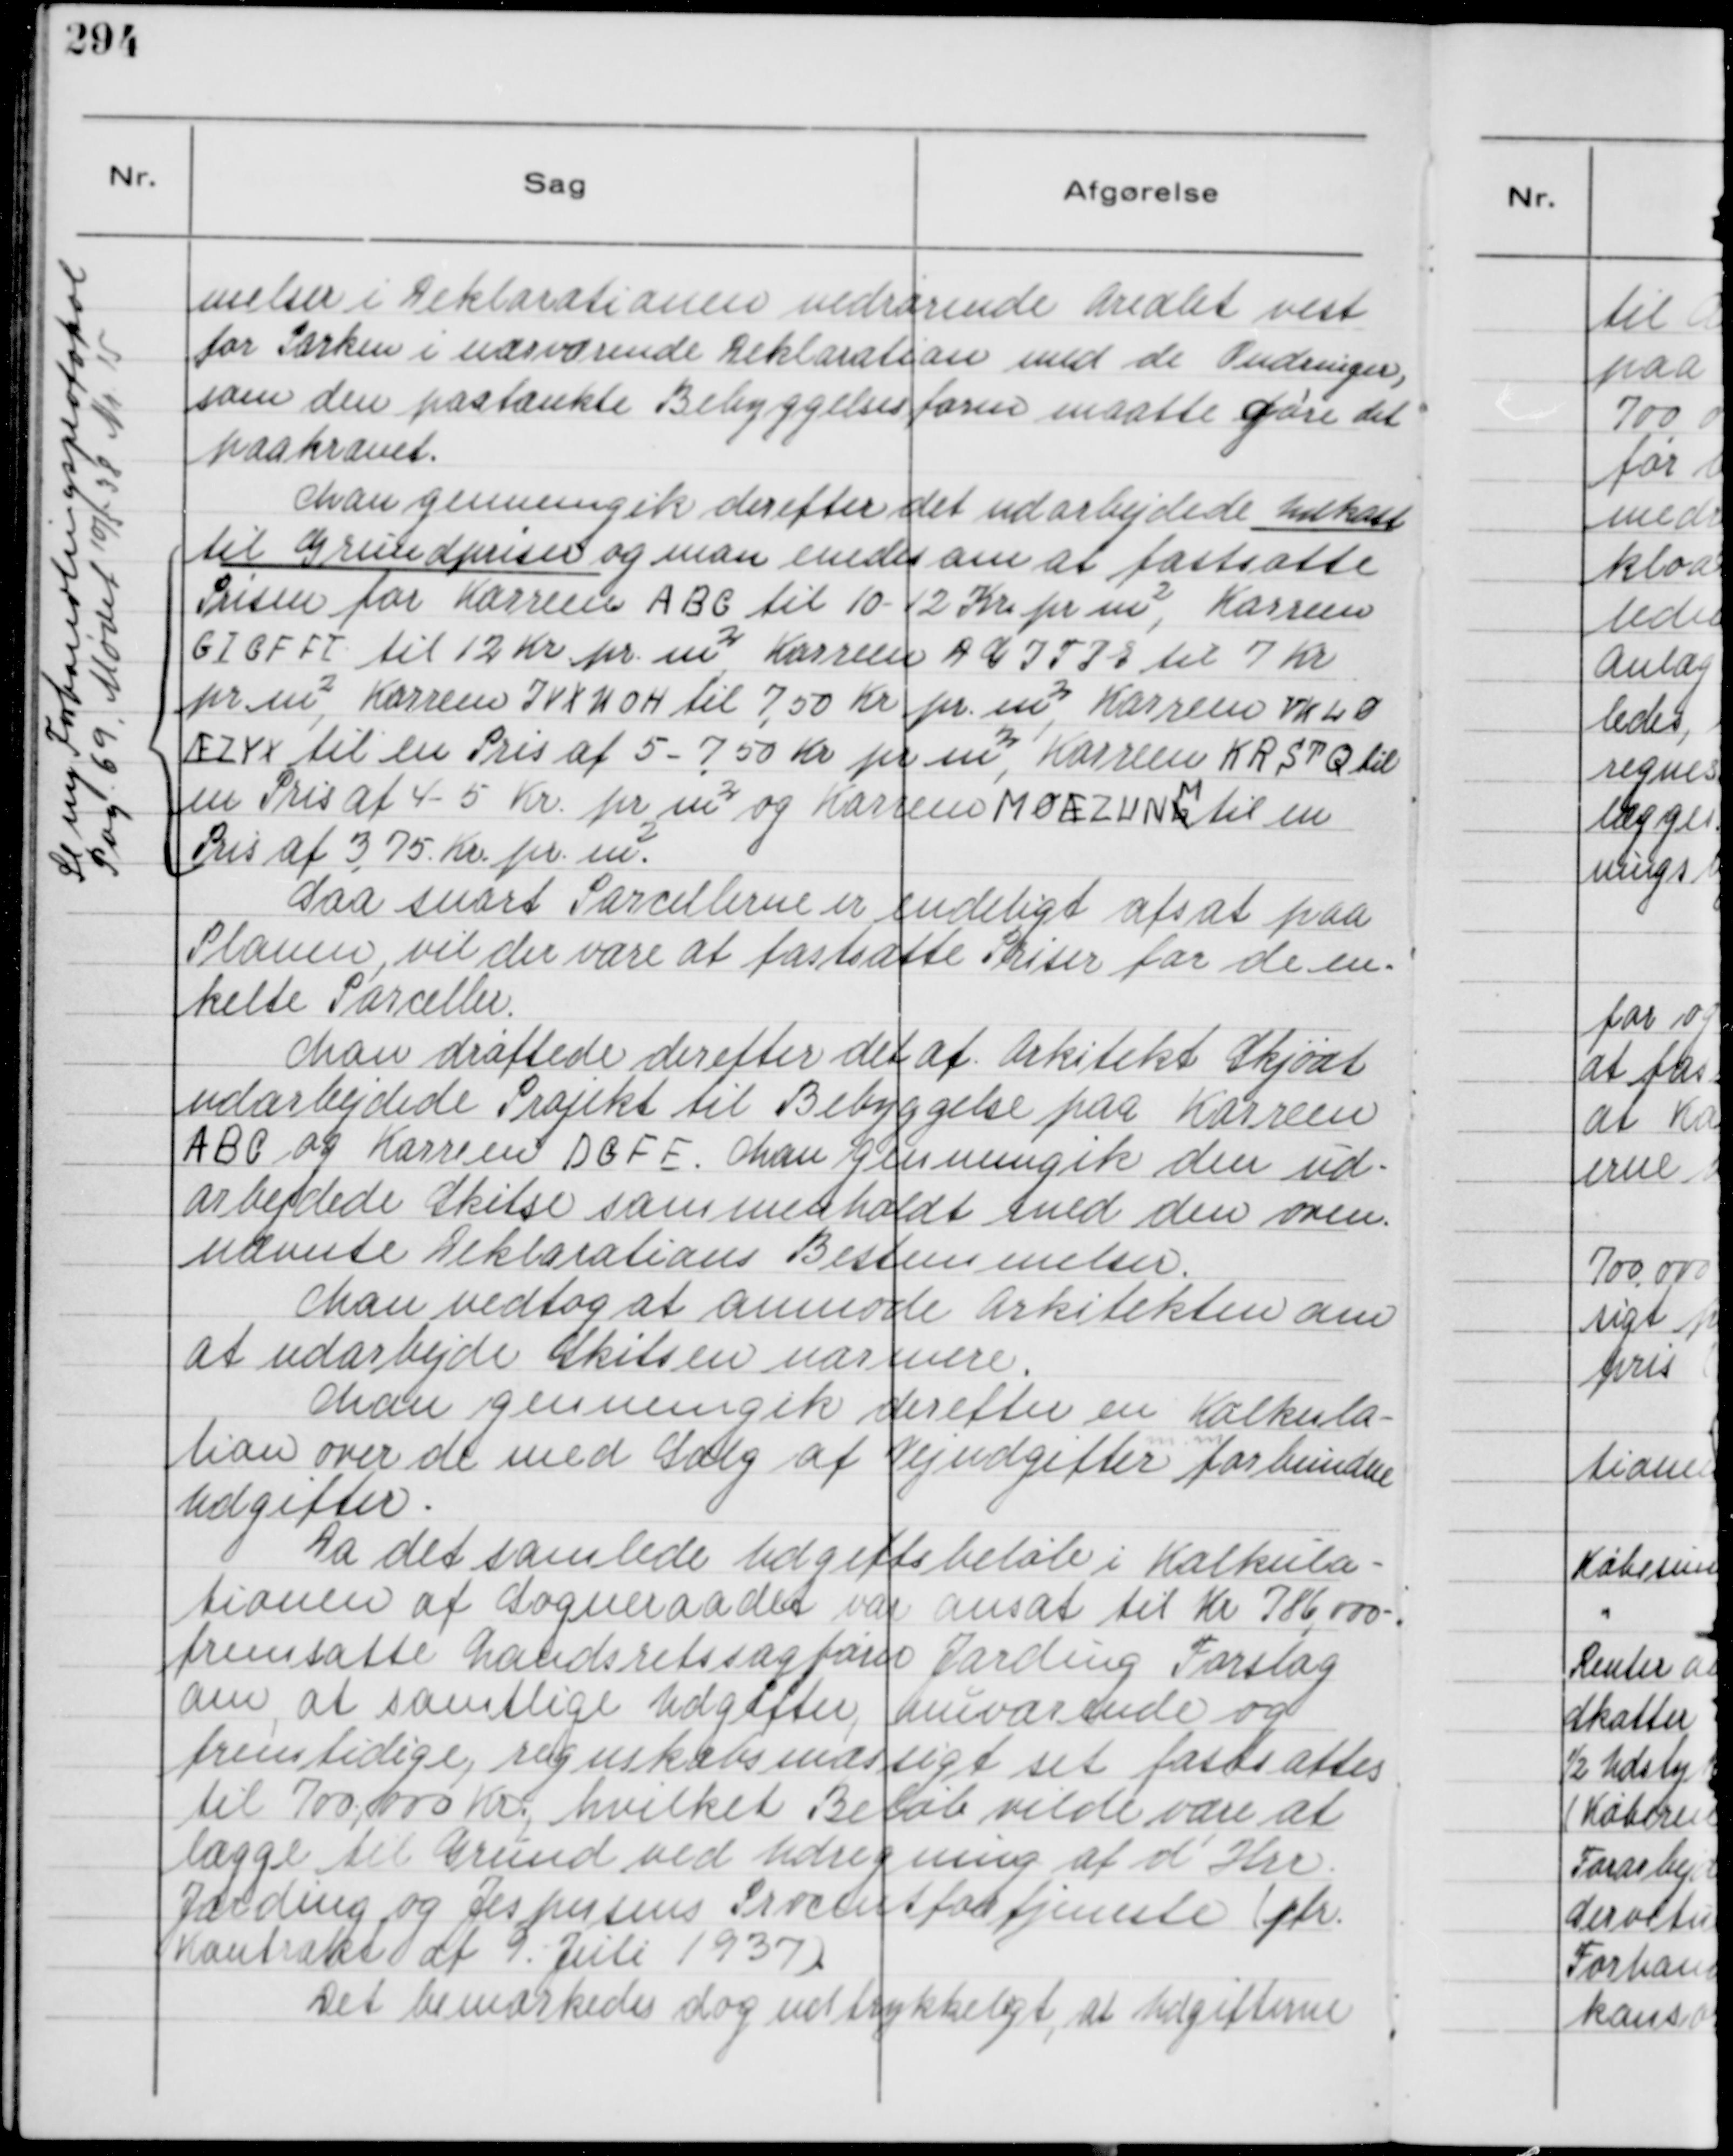
Transskription:
melser i Deklarationen vedrørende Arealet vest
for Parken i nærværende Deklaration med de Ændringer,
som den paatænkte Bebyggelsesform maatte gøre det
paakrævet.

Man gennemgik derefter det udarbejdede Udkast
til Grundpriser og man enedes om at fastsætte
Prisen for Karreen A B C til 10-12 Kr pr m², Karreeen
G I C F F I til 12 Kr. pr m², Karreen D C T P E til 7 Kr
pr m², Karreen I V X U O H til 7,50 Kr pr. m², Karreen V K L Ø
Æ Z Y X til en Pris af 5 - 7,50 Kr pr m², Karreen K R S T Q til
en Pris af 4 - 5 Kr. pr m² og Karreen M Ø Æ Z U N K
M
til en
Pris af 3,75 Kr. pr. m².

Se ny Forhandlingsprotokol
Pag. 69. Mødet 10/5 38 Nr. 15

Saa snart Parcellerne er endeligt afsat paa
Planen, vil der være at fastsætte Priser for de en-
kelte Parceller.
Man drøftede derefter det af Arkitekt Skjødt
udarbejdede Projekt til Bebyggelse paa Karreen
A B C og Karreen D G F E. Man gennemgik den ud-
arbejdede Skitse sammenholdt med den oven-
nævnte Deklarations Bestemmelser.
Man vedtog at anmode Arkitekten om
at udarbejde Skitsen nærmere.
Man gennemgik derefter en Kalkula-
tion over de med Salg af Vejudgifter
m. m.
forbundne
Udgifter.
Da det samlede Udgiftsbeløb i Kalkula-
tionen af Sogneraadet var ansat til Kr 786.000-.
fremsatte Landsretssagfører Jarding Forslag
om, at samtlige Udgifter, nuværende og
fremtidige regnskabsmæssigt set fastsattes
til 700.000 Kr., hvilket Beløb vilde være at
lægge til Grund ved Udregning af d' Hrr.
Jarding og Jspersen Procentfortjeneste ( jfr.
Kontrakt af 9. Juli 1937 ).
Det bemærkedes dog udtrykkeligt, at Udgifterne